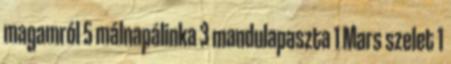
magamról 5 málnapálinka 3 mandulapaszta 1 Mars szelet 1